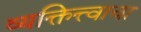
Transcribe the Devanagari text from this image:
व्यक्तित्त्वाचा